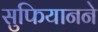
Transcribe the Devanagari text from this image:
सुफियानने